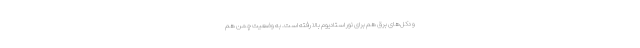
و دکل‌های برق هم برای نور استادیوم بالا رفته است. به وضعیت چمن هم